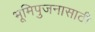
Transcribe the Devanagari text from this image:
भूमिपुजनासाठी